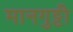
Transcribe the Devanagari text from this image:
मानगुट्टी